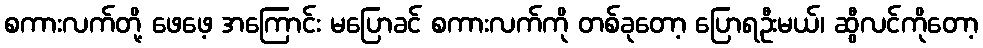
စကားလက်တို့ ဖေဖေ့ အကြောင်း မပြောခင် စကားလက်ကို တစ်ခုတော့ ပြောရဦးမယ်၊ ဆွီလင်ကိုတော့